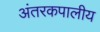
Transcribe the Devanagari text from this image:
अंतरकपालीय